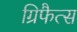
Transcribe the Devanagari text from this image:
ग्रिफैत्स